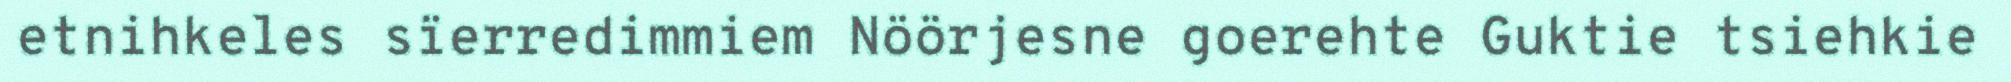
etnihkeles sïerredimmiem Nöörjesne goerehte Guktie tsiehkie